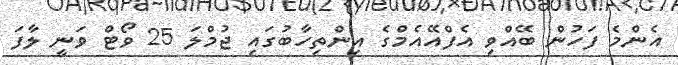
އެންމެ ފަހުން ބޭއްވި އެފްއޭއެމްގެ އިންތިހާބުގައި ޖުމްލަ 25 ވޯޓް ވަނީ ލާފަ